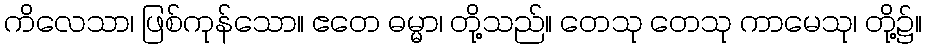
ကိလေသာ၊ ဖြစ်ကုန်သော။ ဧတေ ဓမ္မာ၊ တို့သည်။ တေသု တေသု ကာမေသု၊ တို့၌။